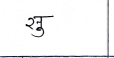
मजकूर: सु